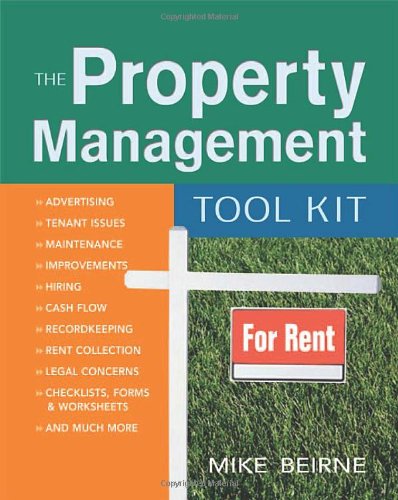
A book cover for The Property Management Tool Kit; Mike Beirne; Business & Money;